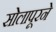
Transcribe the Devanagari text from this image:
सोलापूरने